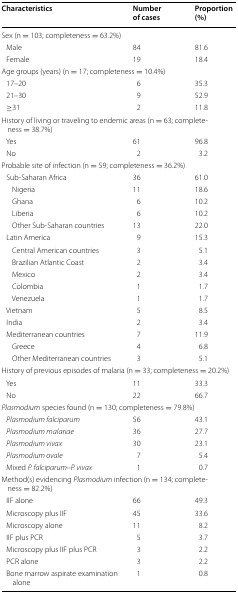
<table><thead><tr><td><b>Characteristics</b></td><td><b>Number of cases</b></td><td><b>Proportion (%)</b></td></tr></thead><tbody><tr><td colspan="3">Sex (n = 103; completeness = 63.2%)</td></tr><tr><td> Male</td><td>84</td><td>81.6</td></tr><tr><td> Female</td><td>19</td><td>18.4</td></tr><tr><td colspan="3">Age groups (years) (n = 17; completeness = 10.4%)</td></tr><tr><td> 17–20</td><td>6</td><td>35.3</td></tr><tr><td> 21–30</td><td>9</td><td>52.9</td></tr><tr><td> ≥31</td><td>2</td><td>11.8</td></tr><tr><td colspan="3">History of living or traveling to endemic areas (n = 63; completeness = 38.7%)</td></tr><tr><td> Yes</td><td>61</td><td>96.8</td></tr><tr><td> No</td><td>2</td><td>3.2</td></tr><tr><td colspan="3">Probable site of infection (n = 59; completeness = 36.2%)</td></tr><tr><td> Sub-Saharan Africa</td><td>36</td><td>61.0</td></tr><tr><td>Nigeria</td><td>11</td><td>18.6</td></tr><tr><td>Ghana</td><td>6</td><td>10.2</td></tr><tr><td>Liberia</td><td>6</td><td>10.2</td></tr><tr><td>Other Sub-Saharan countries</td><td>13</td><td>22.0</td></tr><tr><td> Latin America</td><td>9</td><td>15.3</td></tr><tr><td>Central American countries</td><td>3</td><td>5.1</td></tr><tr><td>Brazilian Atlantic Coast</td><td>2</td><td>3.4</td></tr><tr><td>Mexico</td><td>2</td><td>3.4</td></tr><tr><td>Colombia</td><td>1</td><td>1.7</td></tr><tr><td>Venezuela</td><td>1</td><td>1.7</td></tr><tr><td> Vietnam</td><td>5</td><td>8.5</td></tr><tr><td> India</td><td>2</td><td>3.4</td></tr><tr><td> Mediterranean countries</td><td>7</td><td>11.9</td></tr><tr><td>Greece</td><td>4</td><td>6.8</td></tr><tr><td>Other Mediterranean countries</td><td>3</td><td>5.1</td></tr><tr><td colspan="3">History of previous episodes of malaria (n = 33; completeness = 20.2%)</td></tr><tr><td> Yes</td><td>11</td><td>33.3</td></tr><tr><td> No</td><td>22</td><td>66.7</td></tr><tr><td colspan="3"><i>Plasmodium</i> species found (n = 130; completeness = 79.8%)</td></tr><tr><td> <i>Plasmodium falciparum</i></td><td>56</td><td>43.1</td></tr><tr><td> <i>Plasmodium malariae</i></td><td>36</td><td>27.7</td></tr><tr><td> <i>Plasmodium vivax</i></td><td>30</td><td>23.1</td></tr><tr><td> <i>Plasmodium ovale</i></td><td>7</td><td>5.4</td></tr><tr><td> Mixed <i>P. falciparum</i>–<i>P. vivax</i></td><td>1</td><td>0.7</td></tr><tr><td colspan="3">Method(s) evidencing <i>Plasmodium</i> infection (n = 134; completeness = 82.2%)</td></tr><tr><td> IIF alone</td><td>66</td><td>49.3</td></tr><tr><td> Microscopy plus IIF</td><td>45</td><td>33.6</td></tr><tr><td> Microscopy alone</td><td>11</td><td>8.2</td></tr><tr><td> IIF plus PCR</td><td>5</td><td>3.7</td></tr><tr><td> Microscopy plus IIF plus PCR</td><td>3</td><td>2.2</td></tr><tr><td> PCR alone</td><td>3</td><td>2.2</td></tr><tr><td> Bone marrow aspirate examination alone</td><td>1</td><td>0.8</td></tr></tbody></table>